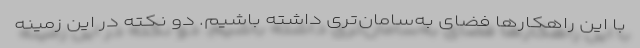
با این راهکارها فضای به‌سامان‌تری داشته باشیم. دو نکته در این زمینه